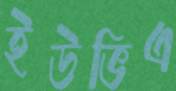
ইউভিএ